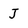
Character: J